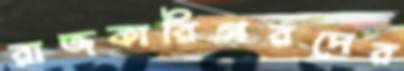
রাজকারিগরদের